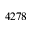
4 2 7 8